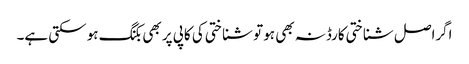
اگراصل شناختی کارڈنہ بھی ہو تو شناختی کی کاپی پر بھی بکنگ ہو سکتی ہے۔